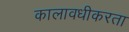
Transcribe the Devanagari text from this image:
कालावधीकरता